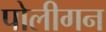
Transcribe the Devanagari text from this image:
पोलीगन